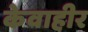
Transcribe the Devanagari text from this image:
केवाहीर